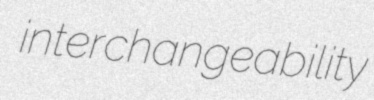
interchangeability